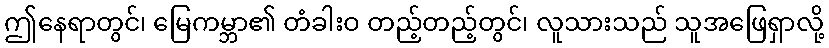
ဤနေရာတွင်၊ မြေကမ္ဘာ၏ တံခါးဝ တည့်တည့်တွင်၊ လူသားသည် သူအဖြေရှာလို့